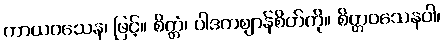
ကာယဝသေန၊ ဖြင့်။ စိတ္တံ၊ ပါဒကဈာန်စိတ်ကို။ စိတ္တဝသေနဝါ၊